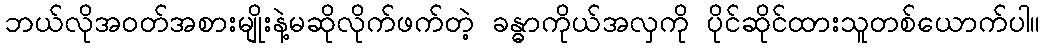
ဘယ်လိုအ၀တ်အစားမျိုးနဲ့မဆိုလိုက်ဖက်တဲ့ ခန္ဓာကိုယ်အလှကို ပိုင်ဆိုင်ထားသူတစ်ယောက်ပါ။